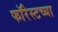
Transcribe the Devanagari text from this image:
फॉरेस्टच्या